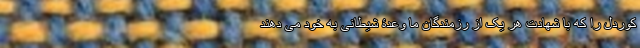
کوردل را که با شهادت هر یک از رزمندگان ما وعدۀ شیطانی به خود می دهند